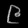
Digit: ၉